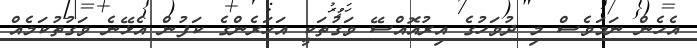
އެހެން ނަމަވެސް މި ދުވަހުގެ އިރުއޮއްސޭ ވަގުތަކީ އަހަރެންގެ ކަފުން އެޅޭނެ ވަގުތުކަމެއް